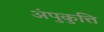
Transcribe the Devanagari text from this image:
अंपुकुत्ति